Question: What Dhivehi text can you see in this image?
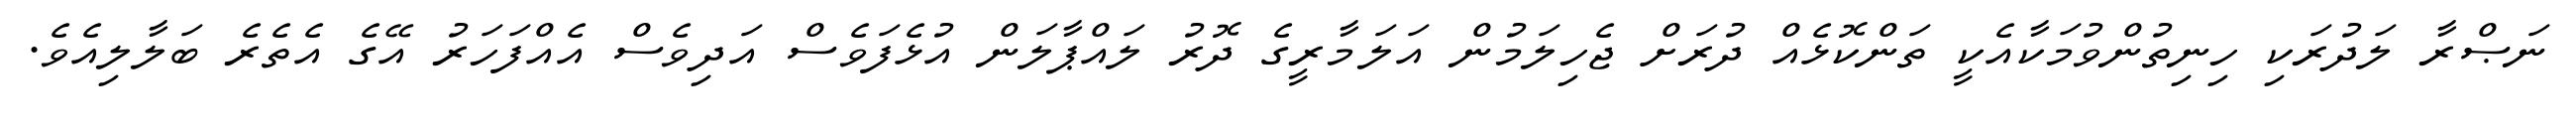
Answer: ނަޞްރާ ލަދުރަކި ހިނިތުންވުމަކާއެކީ ތަންކޮޅެއް ދުރަށް ޖެހިލަމުން އަލަމާރީގެ ދޮރު ލައްޕާލަން އުޅެފަވެސް އަދިވެސް އެއްފަހަރު އޭގެ އެތެރެ ބަލާލިއެވެ.